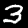
Label: 3